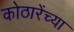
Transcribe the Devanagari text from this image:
कोठारेंच्या